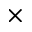
\times